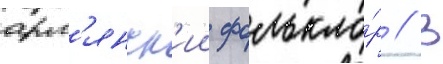
арм'янск'ии фолькло́р // В